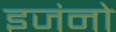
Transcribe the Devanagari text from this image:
इजंनो